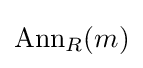
\mathrm {Ann} _{R}(m)